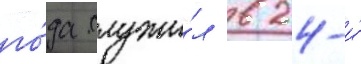
го́да служи́л в 24-и́